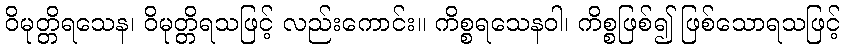
ဝိမုတ္တိရသေန၊ ဝိမုတ္တိရသဖြင့် လည်းကောင်း။ ကိစ္စရသေနဝါ၊ ကိစ္စဖြစ်၍ ဖြစ်သောရသဖြင့်